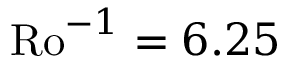
\mathrm { R o } ^ { - 1 } = 6 . 2 5